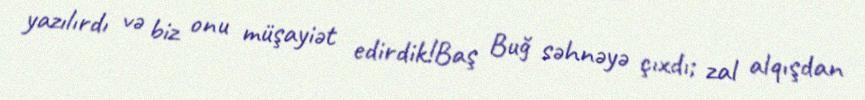
yazılırdı və biz onu müşayiət edirdik!Baş Buğ səhnəyə çıxdı; zal alqışdan